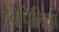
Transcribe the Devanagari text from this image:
हेबेपिलिया